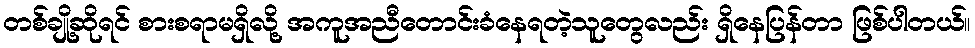
တစ်ချို့ဆိုရင် စားစရာမရှိလို့ အကူအညီတောင်းခံနေရတဲ့သူတွေလည်း ရှိနေပြန်တာ ဖြစ်ပါတယ်။